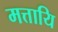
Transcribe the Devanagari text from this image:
मत्तायि